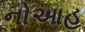
નોઆહ